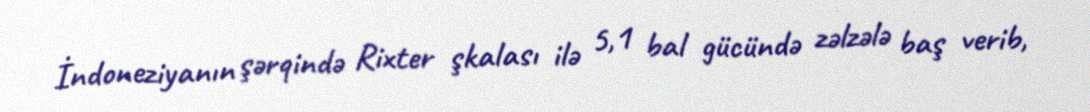
İndoneziyanın şərqində Rixter şkalası ilə 5,1 bal gücündə zəlzələ baş verib,